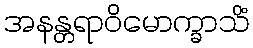
အနန္တရာဝိမောက္ခာသိံ